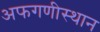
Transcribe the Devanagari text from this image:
अफगणीस्थान